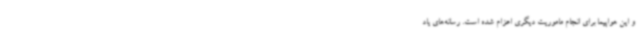
و این هواپیما برای انجام ماموریت دیگری اعزام شده است. رسانه‌های یاد